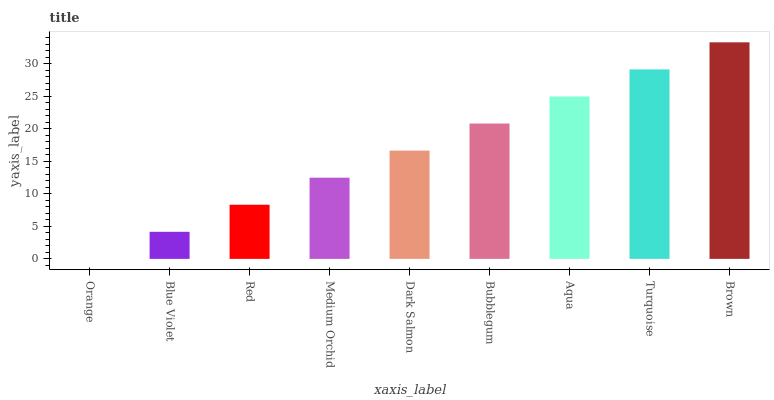
| xaxis_label | bars |
 | --- | --- |
 | Orange | 0 |
 | Blue Violet | 4.16 |
 | Red | 8.32 |
 | Medium Orchid | 12.5 |
 | Dark Salmon | 16.6 |
 | Bubblegum | 20.8 |
 | Aqua | 25 |
 | Turquoise | 29.1 |
 | Brown | 33.3 |